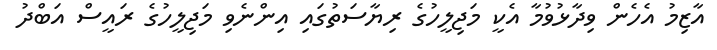
އާޒިމު އެހެން ވިދާޅުވުމާ އެކީ މަޖިލީހުގެ ރިޔާސަތުގައި އިންނެވި މަޖިލީހުގެ ރައީސް އަބްދު